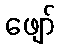
ဖျော်